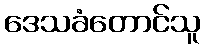
ဒေသခံတောင်သူ